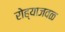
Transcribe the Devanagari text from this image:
रोह्याजवळ